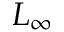
L _ { \infty }